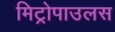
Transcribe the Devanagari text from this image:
मिट्रोपाउलस